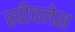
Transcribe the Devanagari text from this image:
स्‍पीचलेस